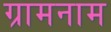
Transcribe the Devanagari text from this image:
ग्रामनाम